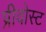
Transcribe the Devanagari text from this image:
प्रीवोस्ट